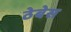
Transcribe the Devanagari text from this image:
ठेबेस